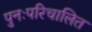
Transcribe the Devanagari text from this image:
पुनःपरिचालित